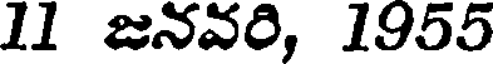
11 జనవరి, 1955